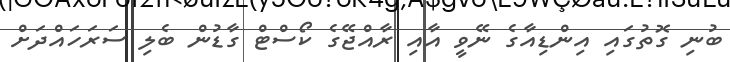
ބުނި ގޮތުގައި އިންޑިއާގެ ނޭވީ އާއި ރާއްޖޭގެ ކޯސްޓް ގާޑުން ބެލި ސަރަހައްދަށް